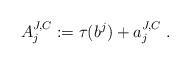
LaTeX: \begin{align*}A_j^{J,C} := \tau(b^j) + a_j^{J,C} \ .\end{align*}